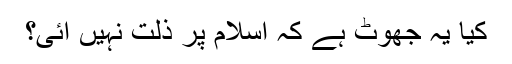
کیا یہ جھوٹ ہے کہ اسلام پر ذلت نہیں آئی؟